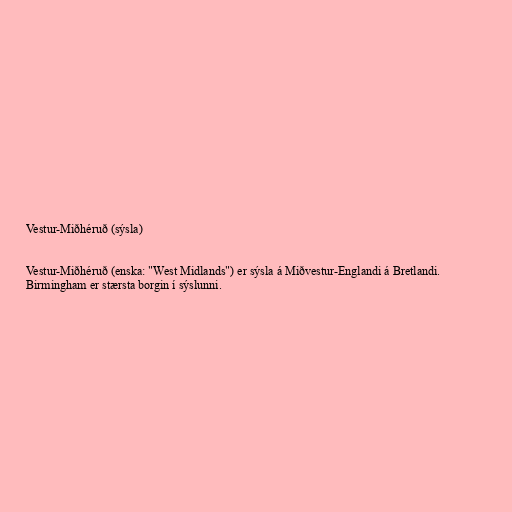
Vestur-Miðhéruð (sýsla)

Vestur-Miðhéruð (enska: "West Midlands") er sýsla á Miðvestur-Englandi á Bretlandi.
Birmingham er stærsta borgin í sýslunni.